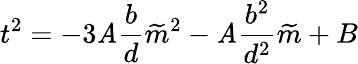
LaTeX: t^{2}=-3\mathit{A}\frac{{b}}{{d}}\widetilde{{m}}^{2}-\mathit{A}\frac{{b^{2}}}{{d^{2}}}\widetilde{{m}}+B